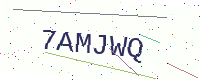
Text: 7AMJWQ